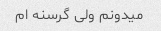
میدونم ولی گرسنه ام